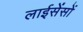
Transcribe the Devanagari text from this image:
लाईसेंसों